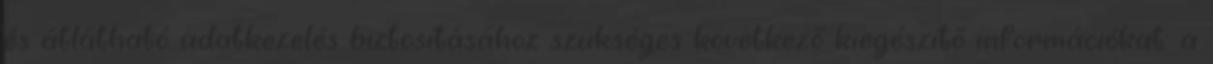
és átlátható adatkezelés biztosításához szükséges következő kiegészítő információkat: a